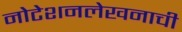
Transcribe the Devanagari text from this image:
नोटेशनलेखनाची